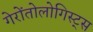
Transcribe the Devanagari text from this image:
गेरोंतोलोगिस्ट्स